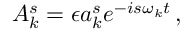
A _ { k } ^ { s } = \epsilon a _ { k } ^ { s } e ^ { - i s \omega _ { k } t } \, ,